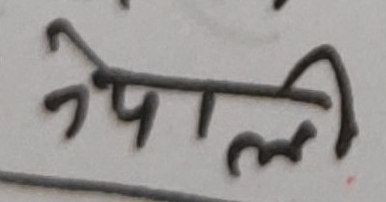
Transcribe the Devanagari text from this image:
उपलब्धी